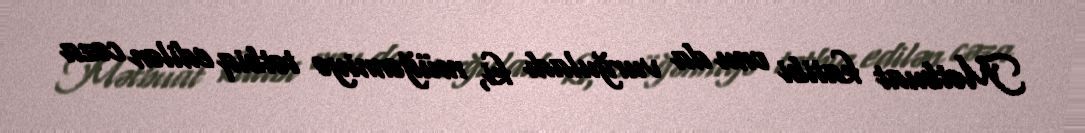
Mətbuat katibi onu da vurğuladı ki, müğənniyə tətbiq edilən cəza